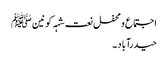
اجتماع و محفل نعت شہہ کونینﷺ
حیدرآباد ۔